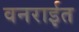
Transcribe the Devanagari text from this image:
वनरार्इत